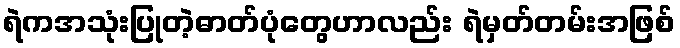
ရဲကအသုံးပြုတဲ့ဓာတ်ပုံတွေဟာလည်း ရဲမှတ်တမ်းအဖြစ်